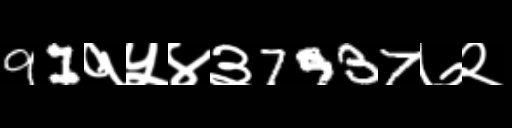
Text: 91१५४३7937७२